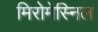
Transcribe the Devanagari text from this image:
मिरोमेस्निल